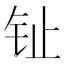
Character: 𰽠